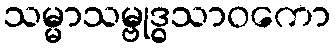
သမ္မာသမ္ဗုဒ္ဓသာဝကော